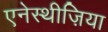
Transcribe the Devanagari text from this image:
एनेस्थीज़िया